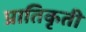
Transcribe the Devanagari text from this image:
प्रातिकृती